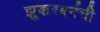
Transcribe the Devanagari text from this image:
झुकरबर्गची